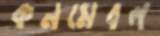
কনমেবল